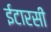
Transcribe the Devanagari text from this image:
ईटारसी